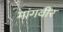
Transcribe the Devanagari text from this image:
मांगवीर